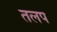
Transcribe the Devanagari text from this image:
तलप